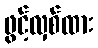
ဖွင့်လှစ်ထား